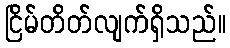
ငြိမ်တိတ်လျက်ရှိသည်။